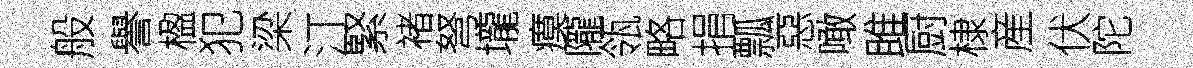
般譽楹犯梁汀緊褚弩壠瘼隴瓴略捐瓢惡噉雎厨棣産伏陀